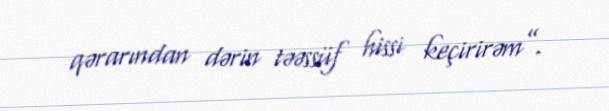
qərarından dərin təəssüf hissi keçirirəm”.